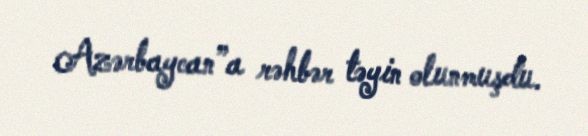
Azərbaycan”a rəhbər təyin olunmuşdu.